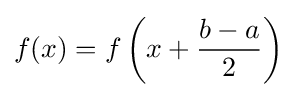
f(x)=f\left(x+{\frac {b-a}{2}}\right)